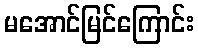
မအောင်မြင်ကြောင်း